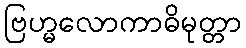
ဗြဟ္မလောကာဓိမုတ္တာ